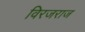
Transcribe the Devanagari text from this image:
विरजराज